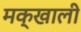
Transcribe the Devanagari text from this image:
मक्खाली